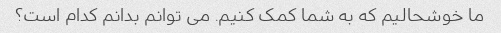
ما خوشحالیم که به شما کمک کنیم. می توانم بدانم کدام است؟